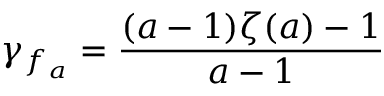
\gamma _ { f _ { a } } = { \frac { ( a - 1 ) \zeta ( a ) - 1 } { a - 1 } }